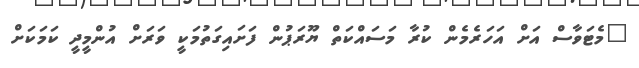
"މެޓަވާސް އަށް އަހަރެމެން ކުރާ މަސައްކަތް ޔޫރަޕުން ފަށައިގަތުމަކީ ވަރަށް އުންމީދީ ކަމަކަށް